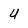
Character: U